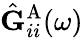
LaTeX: \hat{\mathbf{G}}_{ii}^{\mathrm{A}}(\omega)